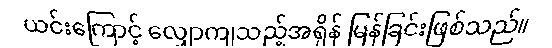
ယင်းကြောင့် လျှောကျသည့်အရှိန် မြန်ခြင်းဖြစ်သည်။